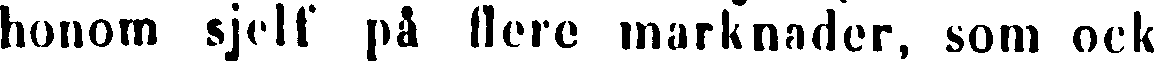
honom sjelf på flere marknader, som ock